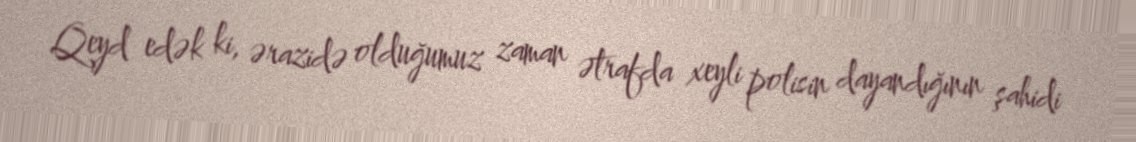
Qeyd edək ki, ərazidə olduğumuz zaman ətrafda xeyli polisin dayandığının şahidi